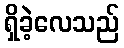
ရှိခဲ့လေသည်